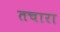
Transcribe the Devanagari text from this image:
तचारा